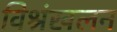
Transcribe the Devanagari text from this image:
विश्रंखलन